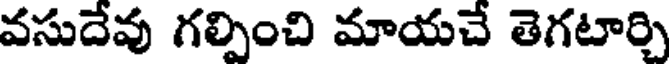
వసుదేవు గల్పించి మాయచే తెగటార్చి